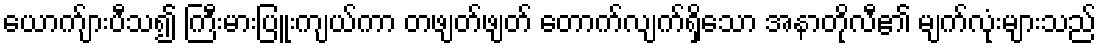
ယောက်ျားပီသ၍ ကြီးမားပြူးကျယ်ကာ တဖျတ်ဖျတ် တောက်လျက်ရှိသော အနာတိုလီ၏ မျက်လုံးများသည်